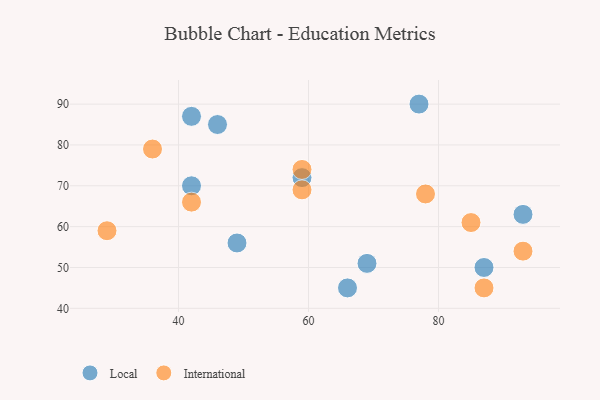
{"axis": {"x": "GDP", "y": "Life Expectancy"}, "legend": ["International", "Local"], "data": [{"x": "69", "y": 51, "type": "Local"}, {"x": "77", "y": 90, "type": "Local"}, {"x": "87", "y": 50, "type": "Local"}, {"x": "46", "y": 85, "type": "Local"}, {"x": "49", "y": 56, "type": "Local"}, {"x": "42", "y": 70, "type": "Local"}, {"x": "93", "y": 63, "type": "Local"}, {"x": "66", "y": 45, "type": "Local"}, {"x": "59", "y": 72, "type": "Local"}, {"x": "42", "y": 87, "type": "Local"}, {"x": "59", "y": 69, "type": "International"}, {"x": "42", "y": 66, "type": "International"}, {"x": "36", "y": 79, "type": "International"}, {"x": "59", "y": 74, "type": "International"}, {"x": "93", "y": 54, "type": "International"}, {"x": "78", "y": 68, "type": "International"}, {"x": "85", "y": 61, "type": "International"}, {"x": "87", "y": 45, "type": "International"}, {"x": "29", "y": 59, "type": "International"}]}